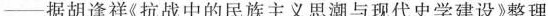
——据胡逢祥《抗战中的民族主义思潮与现代史学建设》整理